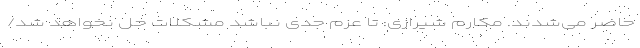
حاضر می‌شدند. مکارم شیرازی: تا عزم جدی نباشد مشکلات حل نخواهد شد/